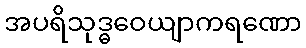
အပရိသုဒ္ဓဝေယျာကရဏော